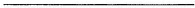
___